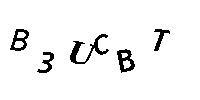
B3UCBT